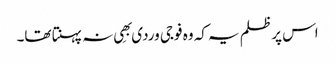
اس پر ظلم یہ کہ وہ فوجی وردی بھِی نہ پہنتا تھا۔